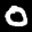
Label: 0